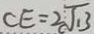
C E = 2 \sqrt { 1 3 }